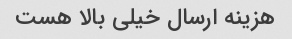
هزینه ارسال خیلی بالا هست